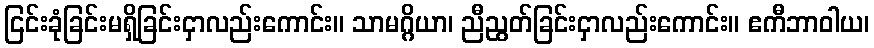
ငြင်းခုံခြင်းမရှိခြင်းငှာလည်းကောင်း။ သာမဂ္ဂိယာ၊ ညီညွတ်ခြင်းငှာလည်းကောင်း။ ဧကီဘာဝါယ၊